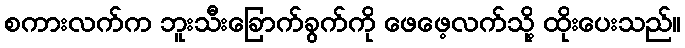
စကားလက်က ဘူးသီးခြောက်ခွက်ကို ဖေဖေ့လက်သို့ ထိုးပေးသည်။